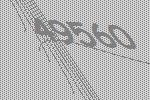
49560